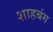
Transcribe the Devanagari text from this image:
शाहबंग